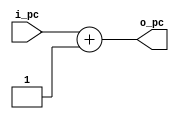
`timescale 1ns / 1ps
//////////////////////////////////////////////////////////////////////////////////
// Company: 
// Engineer: 
// 
// Design Name: 
// Module Name:    singlePcPlus 
// Project Name: 
// Target Devices: 
// Tool versions: 
// Description: 
//
// Dependencies: 
//
// Revision: 
// Revision 0.01 - File Created
// Additional Comments: 
//
//////////////////////////////////////////////////////////////////////////////////
module singlePcPlus(
input wire[31:0] i_pc,
output wire[31:0] o_pc
    );
	 
assign o_pc = i_pc + 1;

endmodule